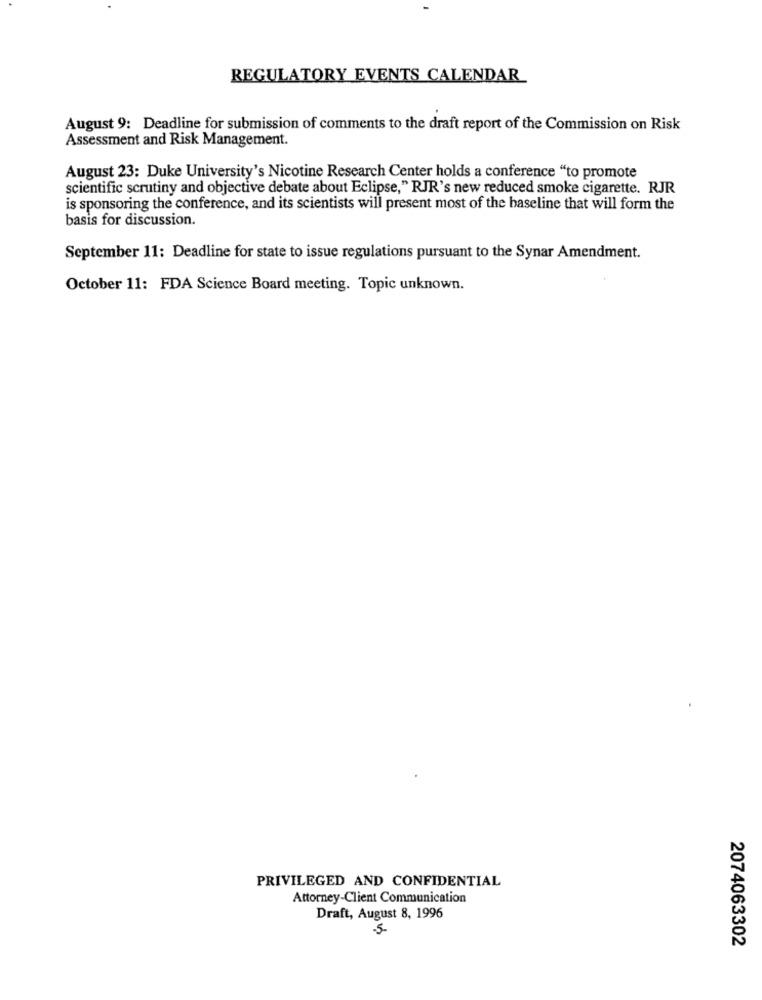
REGULATORY EVENTS CALENDAR
August 9: Deadline for submission of comments to the draft report of the Commission on Risk
Assessment and Risk Management.
August 23: Duke University's Nicotine Research Center holds a conference "to promote
scientific scrutiny and objective debate about Eclipse," RJR's new reduced smoke cigarette. RJR
is sponsoring the conference, and its scientists will present most of the baseline that will form the
basis for discussion.
September 11: Deadline for state to issue regulations pursuant to the Synar Amendment.
October 11: FDA Science Board meeting. Topic unknown.
PRIVILEGED AND CONFIDENTIAL
Attorney-Client Communication
Draft, August 8, 1996
5
2074063302